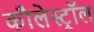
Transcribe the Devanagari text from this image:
कौलेस्ट्रॉल